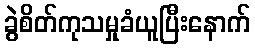
ခွဲစိတ်ကုသမှုခံယူပြီးနောက်